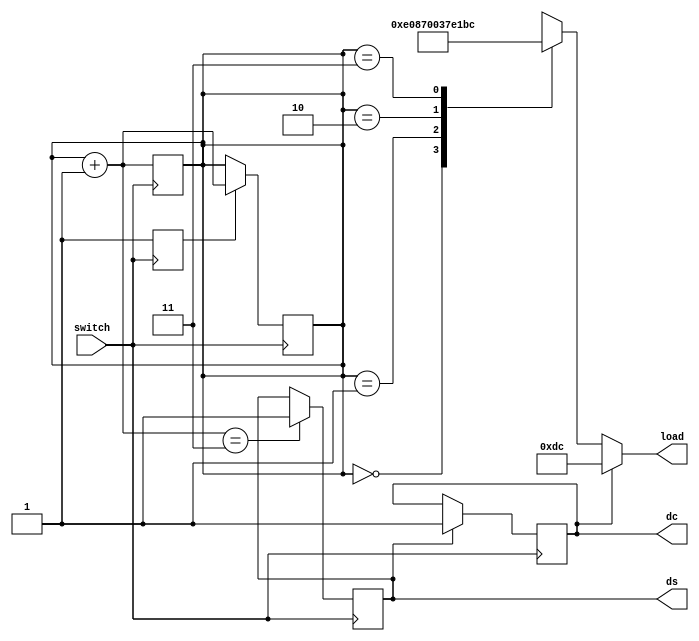
`timescale 1ns / 1ps
//////////////////////////////////////////////////////////////////////////////////
// Company: 
// Engineer: 
// 
// Design Name: 
// Module Name: loading_mux_ds
// Project Name: 
// Target Devices: 
// Tool Versions: 
// Description: 
// 
// Dependencies: 
// 
// Revision:
// Revision 0.01 - File Created
// Additional Comments:
// 
//////////////////////////////////////////////////////////////////////////////////


module loading_mux_ds(switch,load,ds,dc);
    input switch;
    output [11:0] load;
    output reg ds = 1'b0;
    output reg dc = 1'b0;
    
    parameter l1 = 12'd3592;
    parameter l2 = 12'd1792;
    parameter l3 = 12'd894;
    parameter l4 = 12'd444;
    parameter l5 = 12'd220;
    
    reg en;
    reg [1:0]state = 2'b00; 
    
    reg [11:0] mux_out;
    
    
    always@(posedge switch)
        begin
        state = state + 1;
        en = 1'b1;
        if(state == 2'b11)
            ds = 1'b1;
        end
    always@(negedge switch)
        begin
        if (en == 1'b1)
            state = state+1;
        if (ds  == 1'b1)
            dc = 1'b1;
        end
        
    always @(state)
    begin
        case(state)
        2'b00 : mux_out = l1;
        2'b01 : mux_out = l2;
        2'b10 : mux_out = l3;
        2'b11 : mux_out = l4;
        endcase
    end
     
    assign load = (dc == 1'b0) ? mux_out : l5;
endmodule